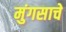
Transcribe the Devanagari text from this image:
मुंगसाचे